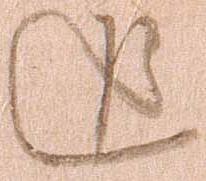
追